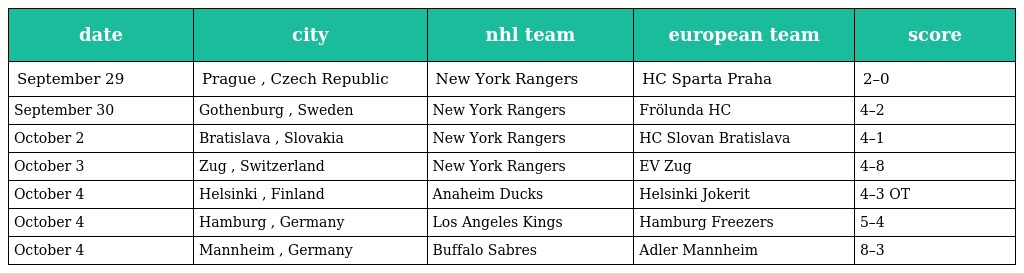
| date | city | nhl team | european team | score |
 | --- | --- | --- | --- | --- |
 | September 29 | Prague , Czech Republic | New York Rangers | HC Sparta Praha | 2–0 |
 | September 30 | Gothenburg , Sweden | New York Rangers | Frölunda HC | 4–2 |
 | October 2 | Bratislava , Slovakia | New York Rangers | HC Slovan Bratislava | 4–1 |
 | October 3 | Zug , Switzerland | New York Rangers | EV Zug | 4–8 |
 | October 4 | Helsinki , Finland | Anaheim Ducks | Helsinki Jokerit | 4–3 OT |
 | October 4 | Hamburg , Germany | Los Angeles Kings | Hamburg Freezers | 5–4 |
 | October 4 | Mannheim , Germany | Buffalo Sabres | Adler Mannheim | 8–3 |